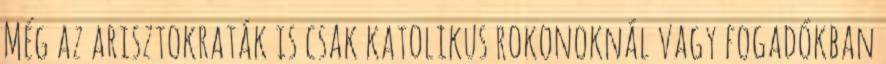
Még az arisztokraták is csak katolikus rokonoknál vagy fogadókban